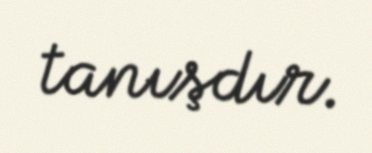
tanışdır.